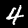
Digit: 4